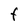
Character: F